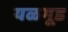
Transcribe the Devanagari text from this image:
यळगूड